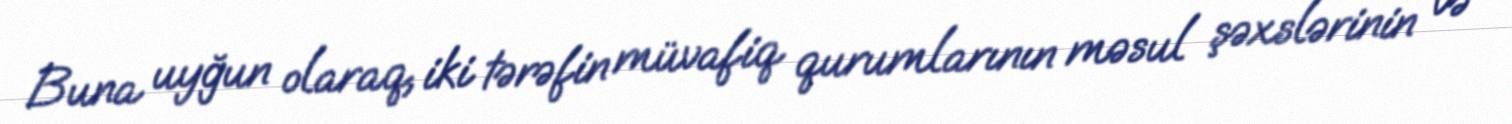
Buna uyğun olaraq, iki tərəfin müvafiq qurumlarının məsul şəxslərinin və